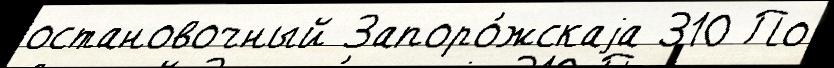
остановочный Запоро́жскаjа 310 По